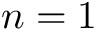
n = 1